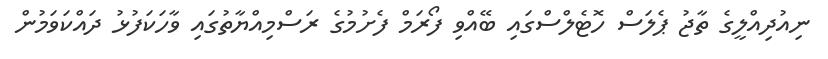
ނިއުދިއްލީގެ ތާޖު ޕެލަސް ހޮޓެލްސްގައި ބޭއްވި ފޯރަމް ފެށުމުގެ ރަސްމިއްޔާތުގައި ވާހަކަފުޅު ދައްކަވަމުން